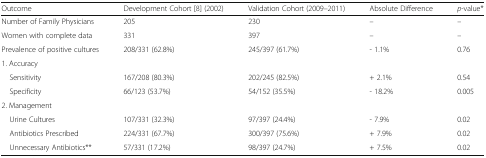
| Outcome | Development Cohort [8] (2002) | Validation Cohort (2009–2011) | Absolute Difference | p-value* |
 | --- | --- | --- | --- | --- |
 | Number of Family Physicians | 205 | 230 | – | – |
 | Women with complete data | 331 | 397 | – | – |
 | Prevalence of positive cultures | 208/331 (62.8%) | 245/397 (61.7%) | - 1.1% | 0.76 |
 | <COLSPAN=5> 1. Accuracy |
 | Sensitivity | 167/208 (80.3%) | 202/245 (82.5%) | + 2.1% | 0.54 |
 | Specificity | 66/123 (53.7%) | 54/152 (35.5%) | - 18.2% | 0.005 |
 | <COLSPAN=5> 2. Management |
 | Urine Cultures | 107/331 (32.3%) | 97/397 (24.4%) | - 7.9% | 0.02 |
 | Antibiotics Prescribed | 224/331 (67.7%) | 300/397 (75.6%) | + 7.9% | 0.02 |
 | Unnecessary Antibiotics** | 57/331 (17.2%) | 98/397 (24.7%) | + 7.5% | 0.02 |